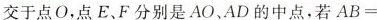
交于点O，点E、F分别是AO、AD的中点，若$$A B =